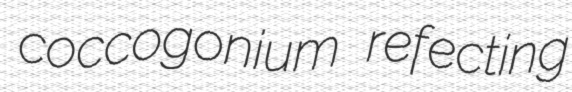
coccogonium refecting